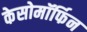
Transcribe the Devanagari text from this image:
केसोमॉर्फिन